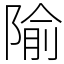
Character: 隃